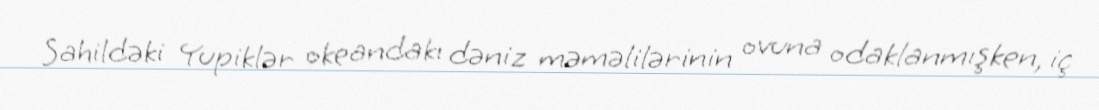
Sahildəki Yupiklər okeandakı dəniz məməlilərinin ovuna odaklanmışken, iç